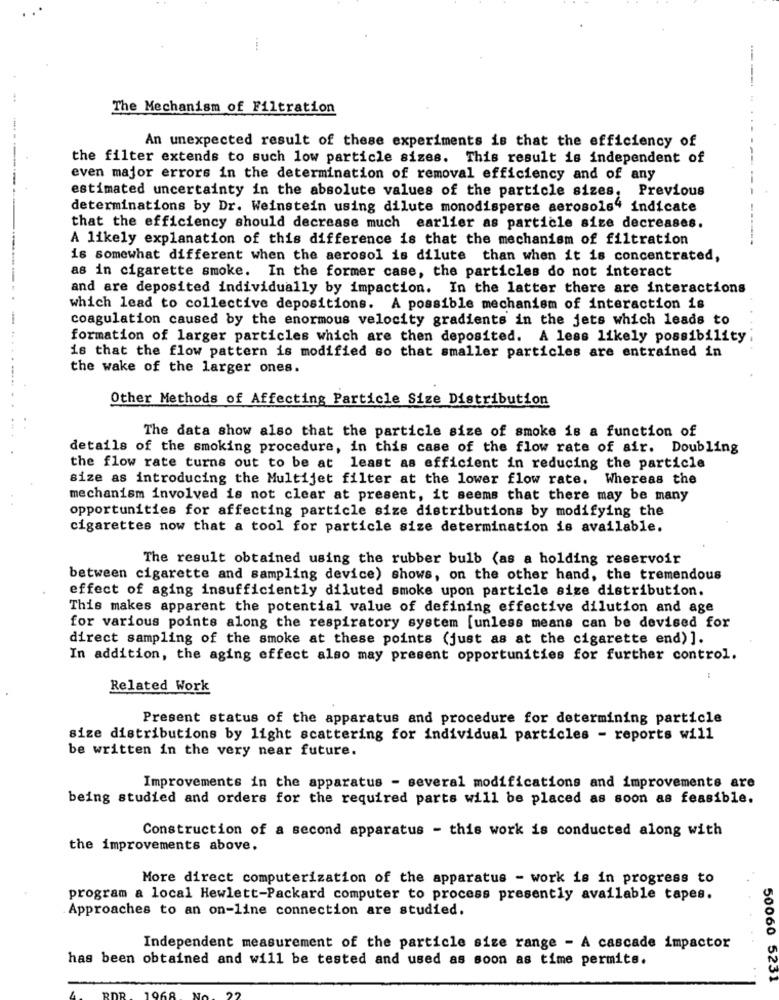
--
The Mechanism of Filtration
An unexpected result of these experiments is that the efficiency of
the filter extends to such low particle sizes. This result is independent of
even major errors in the determination of removal efficiency and of any
estimated uncertainty in the absolute values of the particle sizes, Previous
determinations by Dr. Weinstein using dilute monodisperse aerosols4 indicate
that the efficiency should decrease much earlier as particle size decreases.
A likely explanation of this difference is that the mechanism of filtration
is somewhat different when the aerosol is dilute than when it is concentrated,
as in cigarette smoke. In the former case, the particles do not interact
and are deposited individually by impaction. In the latter there are interactions
which lead to collective depositions. A possible mechanism of interaction is
coagulation caused by the enormous velocity gradients in the jets which leads to
formation of larger particles which are then deposited. A less likely possibility
is that the flow pattern is modified so that smaller particles are entrained in
the wake of the larger ones.
Other Methods of Affecting Particle Size Distribution
The data show also that the particle size of smoke is a function of
details of the smoking procedure, in this case of the flow rate of air. Doubling
the flow rate turns out to be at least as efficient in reducing the particle
size as introducing the Multijet filter at the lower flow rate. Whereas the
mechanism involved is not clear at present, it seems that there may be many
opportunities for affecting particle size distributions by modifying the
cigarettes now that a tool for particle size determination is available.
The result obtained using the rubber bulb (as a holding reservoir
between cigarette and sampling device) shows, on the other hand, the tremendous
effect of aging insufficiently diluted smoke upon particle size distribution.
This makes apparent the potential value of defining effective dilution and age
for various points along the respiratory system [unless means can be devised for
direct sampling of the smoke at these points (just as at the cigarette end) ].
In addition, the aging effect also may present opportunities for further control.
:
Related Work
Present status of the apparatus and procedure for determining particle
size distributions by light scattering for individual particles - reports will
be written in the very near future.
Improvements in the apparatus - several modifications and improvements are
being studied and orders for the required parts will be placed as soon as feasible.
Construction of a second apparatus - this work is conducted along with
the improvements above.
More direct computerization of the apparatus - work is in progress to
program a local Hewlett-Packard computer to process presently available tapes.
Approaches to an on-line connection are studied.
Independent measurement of the particle size range - A cascade impactor
has been obtained and will be tested and used as soon as time permite.
50060 5231